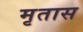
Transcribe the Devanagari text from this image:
मृतास